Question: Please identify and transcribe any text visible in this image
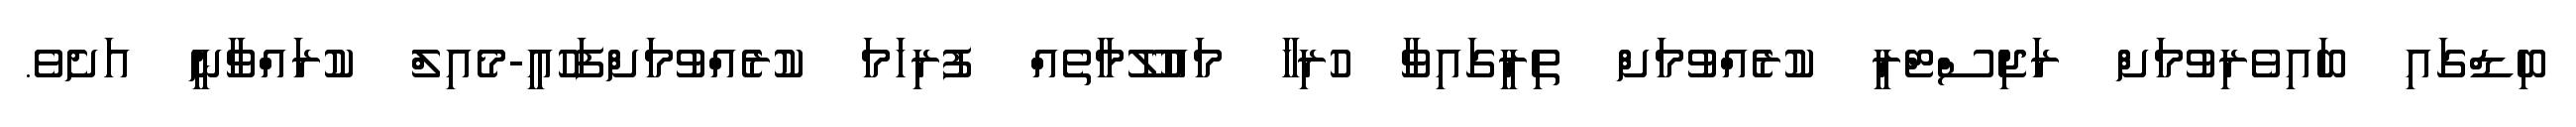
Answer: ބިޑްގައި ބައިވެރިވުމަށް ރަޖިސްޓްރީ ކުރެއްވުމަށް ތިރީގައިވާ ހުރިހާ މައުލޫމާތެއް ފުރިހަމަ ކުރެއްވުމަށްފަހުއީ-މެއިލް ކުރައްވާނީ އަށެވެ.